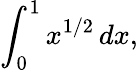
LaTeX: \int_{0}^{1}x^{1/2}\, dx,